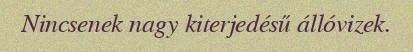
Nincsenek nagy kiterjedésű állóvizek.